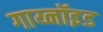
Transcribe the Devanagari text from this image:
गाय्नॉइड